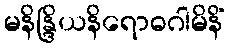
မနိန္ဒြိယနိရောဓဂါမိနိံ